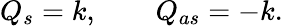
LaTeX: Q_{s}=k,\qquad Q_{as}=-k.